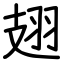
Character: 翅